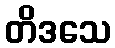
တိဒသေ